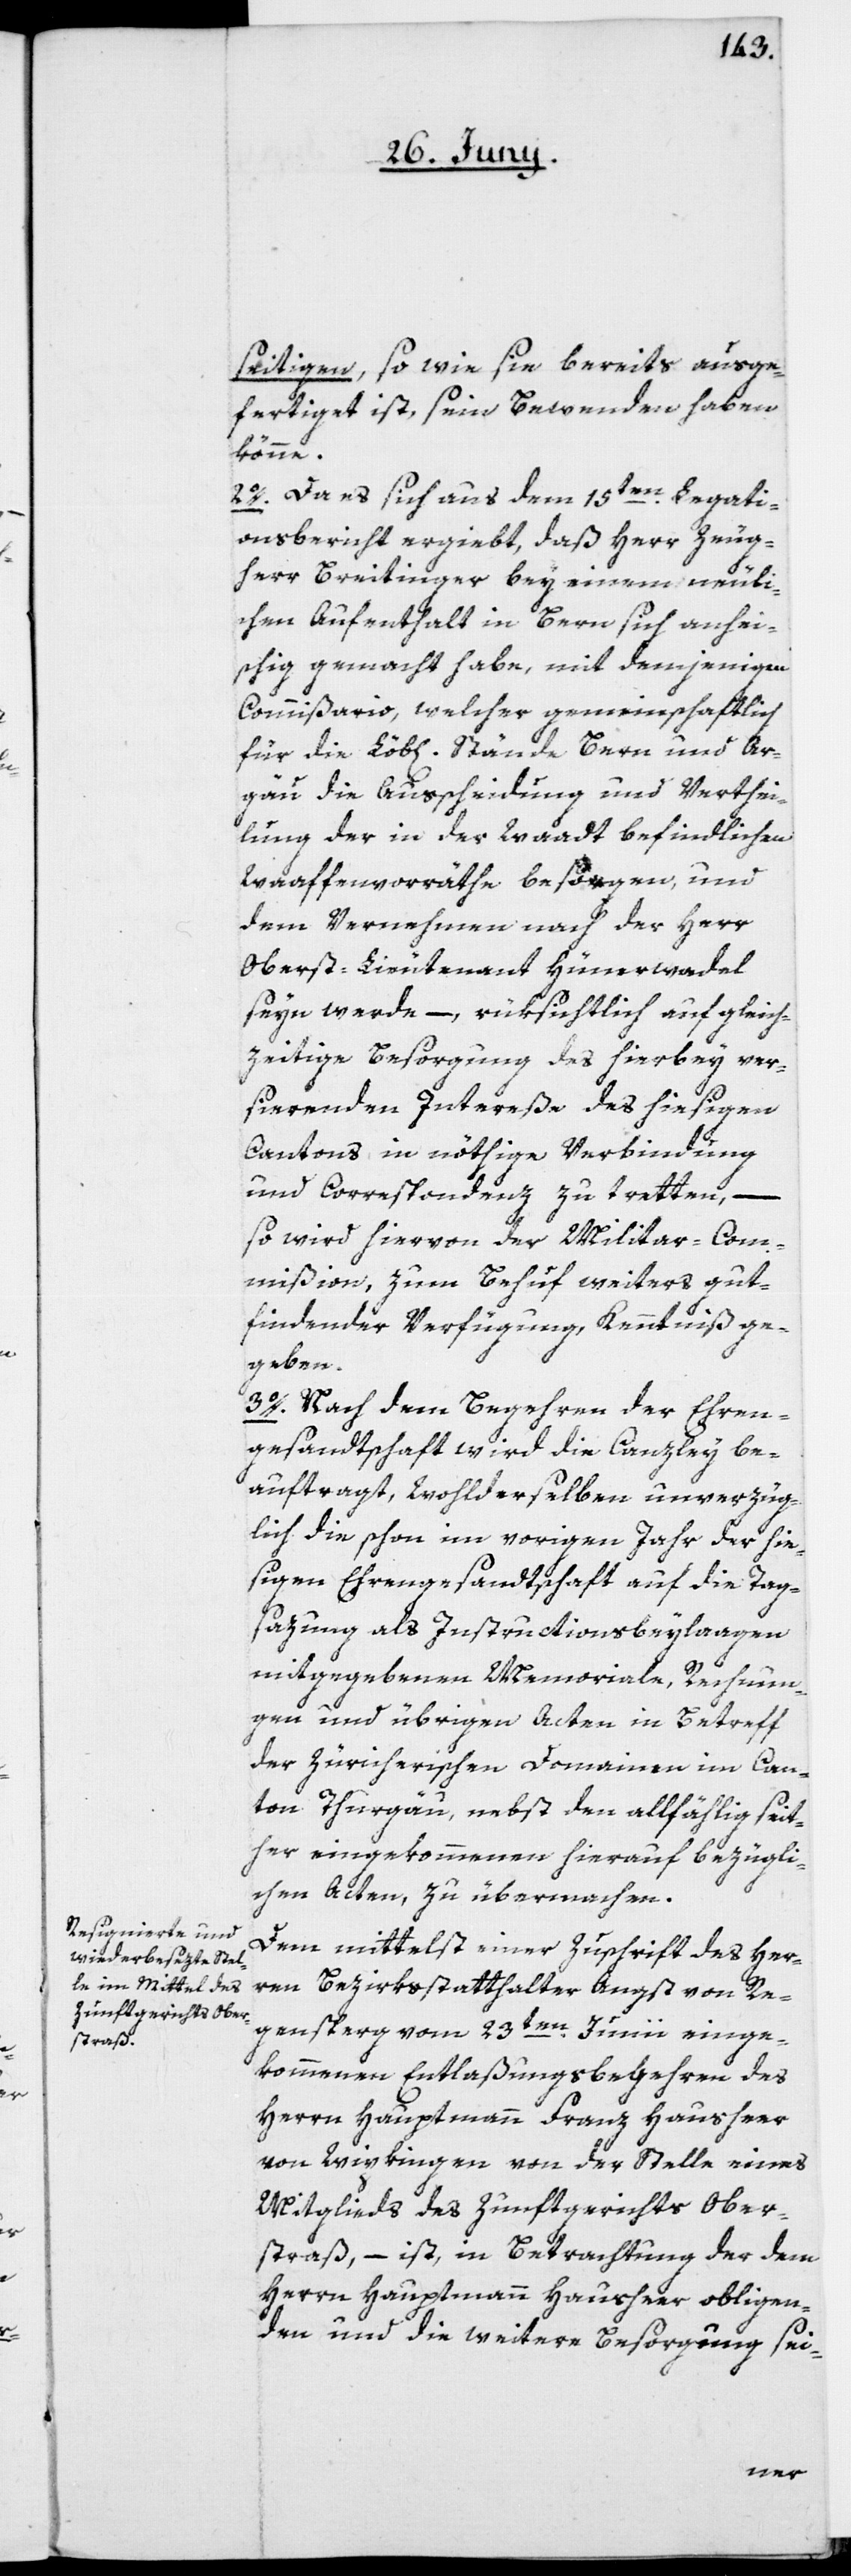
seitigen, so wie sie bereits ausge¬
fertiget ist, sein Bewenden haben
könne.
2o. Da es sich aus dem 15ten Legati¬
onsbericht ergiebt, daß Herr Zeug¬
herr Breitinger bey einem neuli¬
chen Aufenthalt in Bern sich anhei¬
schig gemacht habe, mit demjenigen
Commißario, welcher gemeinschaftlich
für die Löb[lichen] Stände Bern und Ar¬
gau die Ausscheidung und Verthei¬
lung der in der Waadt befindlichen
Waaffenvorräthe besorgen, und
dem Vernehmen nach der Herr
Oberst-Lieutenant Hünerwadel
seyn werde, – rüksichtlich auf gleich¬
zeitige Besorgung des hierbey ver¬
sierenden Intereße des hiesigen
Cantons in nöthige Verbindung
und Correspondenz zu tretten, –
so wird hiervon der Militar-Com¬
mißion, zum Behuf weiters gut¬
findender Verfügung, Kenntniß ge¬
geben.
3o. Nach dem Begehren der Ehren¬
gesandtschaft wird die Canzley be¬
auftragt, Wohlderselben unverzüg¬
lich die schon im vorigen Jahr der hie¬
sigen Ehrengesandtschaft auf die Tag¬
sazung als Instructionsbeylagen
mitgegebenen Memoriale, Rechnun¬
gen und übrigen Acten in Betreff
der Zürcherischen Domainen im Can¬
ton Thurgau, nebst den allfählig seit¬
her eingekommenen hierauf bezügli¬
chen Acten, zu übermachen.
Dem mittelst einer Zuschrift des Her¬
ren Bezirksstatthalter Angst von Re¬
gensperg vom 23ten Junii einge¬
kommene Entlaßungsbegehren des
Herrn Hauptmann Franz Hausheer
von Wipkingen von der Stelle eines
Mitglieds des Zunftgerichts Ober¬
straß, – ist, in Betrachtung der dem
Herrn Hauptmann Hausheer obligen¬
den und die weitere Besorgung sei-